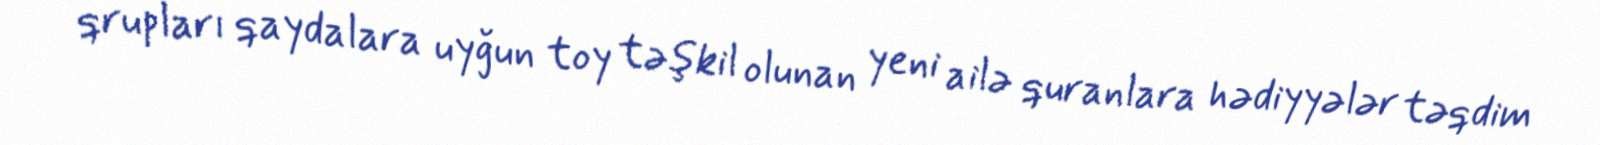
qrupları qaydalara uyğun toy təşkil olunan yeni ailə quranlara hədiyyələr təqdim